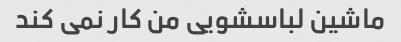
ماشین لباسشویی من کار نمی کند